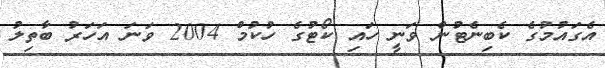
އެގައުމުގެ ކެބިނެޓުން ވަނީ ހައި ކޯޓުގެ ހުކުމް 2004 ވަނަ އަހަރު ބާތިލު